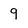
Character: 9